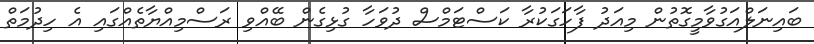
ބައިނަލްއަގުވާމީގޮތުން މިއަދު ފާހަގަކުރާ ކަސްޓަމްސް ދުވަހާ ގުޅިގެން ބޭއްވި ރަސްމިއްޔާތެއްގައި އެ ހިދުމަތް